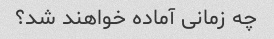
چه زمانی آماده خواهند شد؟